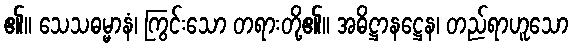
၏။ သေသဓမ္မာနံ၊ ကြွင်းသော တရားတို့၏။ အဓိဋ္ဌာနဋ္ဌေန၊ တည်ရာဟူသော